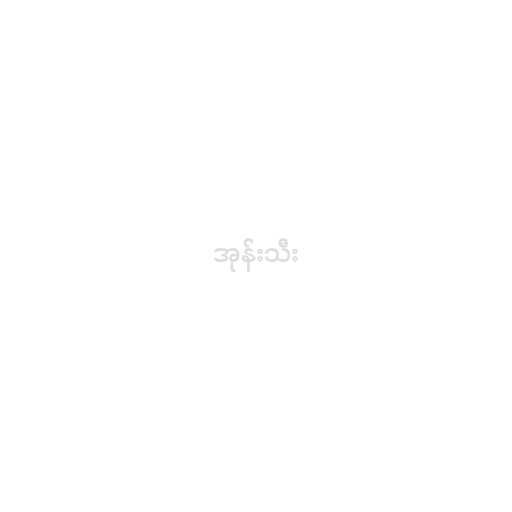
အုန်းသီး